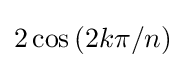
2\cos \left(2k\pi /n\right)